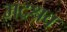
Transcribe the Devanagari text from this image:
भद्रश्रव